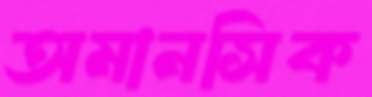
অমানসিক